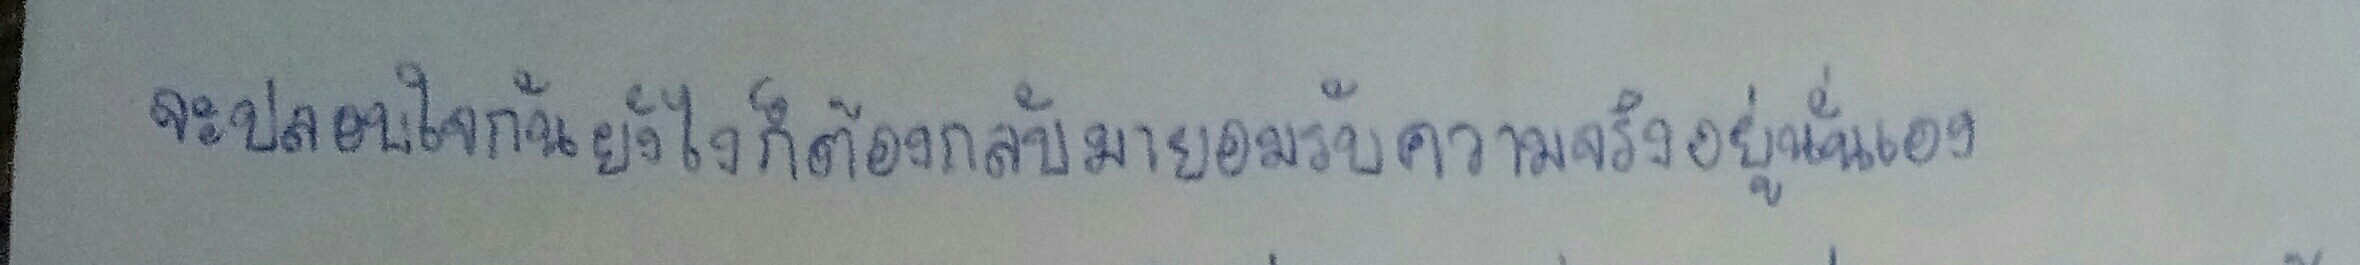
จะปลอบใจกันยังไงก็ต้องกลับมายอมรับความจริงอยู่นั่นเอง